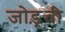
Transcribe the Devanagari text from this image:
जोड़्ती